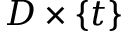
D \times \{ t \}